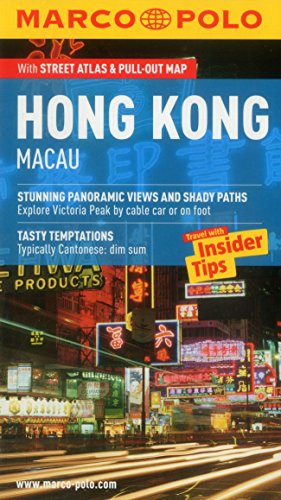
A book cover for Hong Kong (Macau) Marco Polo Guide (Marco Polo Guides) (Marco Polo Travel Guides) by Marco Polo (25-Sep-2012) Paperback; Travel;